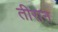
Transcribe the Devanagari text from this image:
तीरान